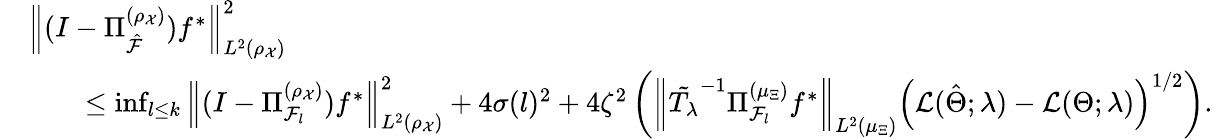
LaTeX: \begin{array}{rl}&{\left\| (I-\Pi_{\hat{\cal F}}^{(\rho_{\mathcal{X}})})f^{*}\right\| _{L^{2}(\rho_{\mathcal{X}})}^{2}}\\ &{\qquad\leq\operatorname*{inf}_{l\leq k}\left\| (I-\Pi_{{\cal F}_{l}}^{(\rho_{\mathcal{X}})})f^{*}\right\| _{L^{2}(\rho_{\mathcal{X}})}^{2}+4\sigma(l)^{2}+4\zeta^{2}\left(\left\| \tilde{T_{\lambda}}^{-1}\Pi_{{\cal F}_{l}}^{(\mu_{\Xi})}f^{*}\right\| _{L^{2}(\mu_{\Xi})}\left({\cal L}(\hat{\Theta};\lambda)-{\cal L}(\Theta;\lambda)\right)^{1/2}\right).}\end{array}